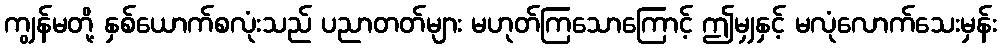
ကျွန်မတို့ နှစ်ယောက်စလုံးသည် ပညာတတ်များ မဟုတ်ကြသောကြောင့် ဤမျှနှင့် မလုံလောက်သေးမှန်း